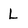
Character: L